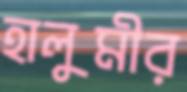
হালুমীর